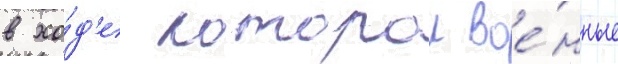
в хо́д'е которои вое́нные